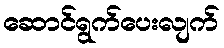
ဆောင်ရွက်ပေးလျက်